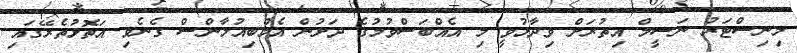
މިނިސްޓަރު ނަސީމް އިތުރަށް ވިދާޅުވީ މި އެއްބަސްވުމުގެ ދަށުން އެމްބިއުލާންސް ގެނެވި އަތޮޅުތެރޭގައި